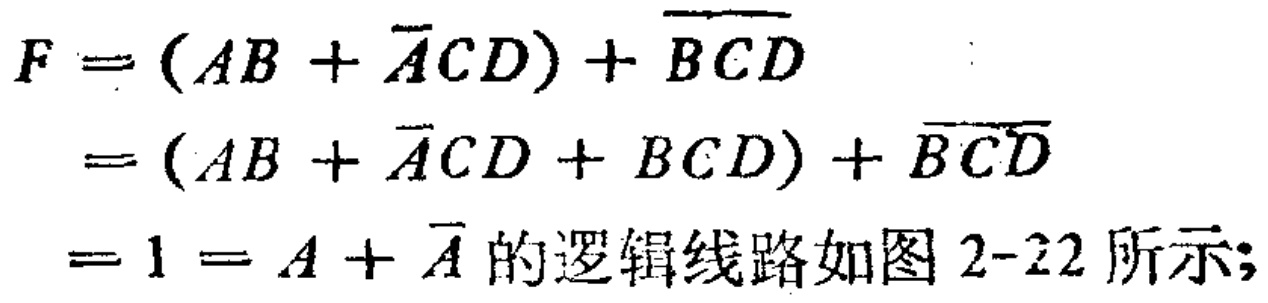
\[

\begin{align*}

F&=(AB + \overline{A}CD)+\overline{BCD}\\

&=(AB + \overline{A}CD + BCD)+\overline{BCD}\\

&=1 = A+\overline{A}\text{ 的逻辑线路如图2-22所示;}

\end{align*}

\]